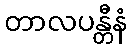
တာလပန္တီနံ